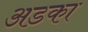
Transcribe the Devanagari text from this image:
अडका